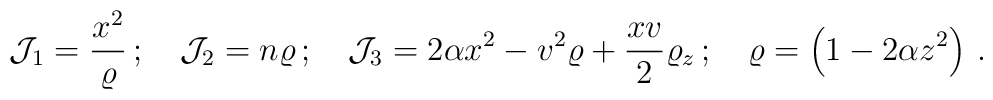
{\cal{J}}_{1}=\frac{x^2}{\varrho} \,; \quad {\cal{J}}_{2}=n\varrho \,; \quad {\cal{J}}_{3} = 2 \alpha x^2 - v^2 \varrho +  \frac{x v}{2} \varrho_z \,;  \quad  \varrho =  \left( 1-2\alpha z^2 \right) \,.